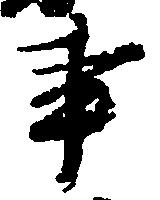
事